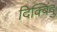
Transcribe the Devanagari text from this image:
दिक्बिंदु